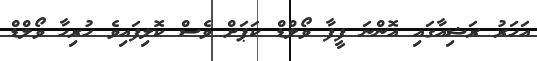
އަހަރު ރަޝިއާގައި އޮންނަ ފީފާ ވޯލްޑް ކަޕަށް ވެސް ކޮލިފައިވެ ހުރިހާ ވޯލްޑް